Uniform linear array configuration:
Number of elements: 12
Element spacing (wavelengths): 1
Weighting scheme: cosine
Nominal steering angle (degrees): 0
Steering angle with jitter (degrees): -1.73
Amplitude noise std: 0.05
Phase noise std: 0.05

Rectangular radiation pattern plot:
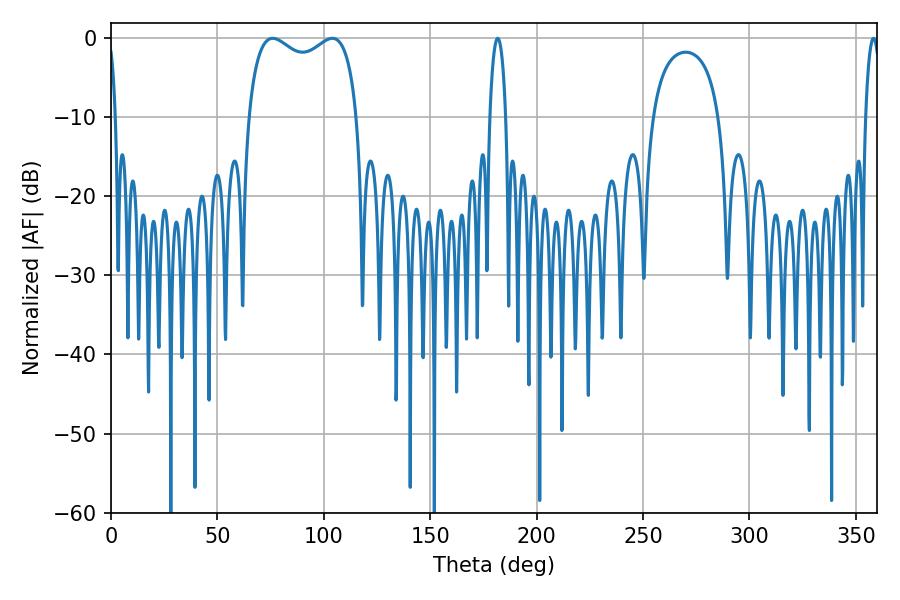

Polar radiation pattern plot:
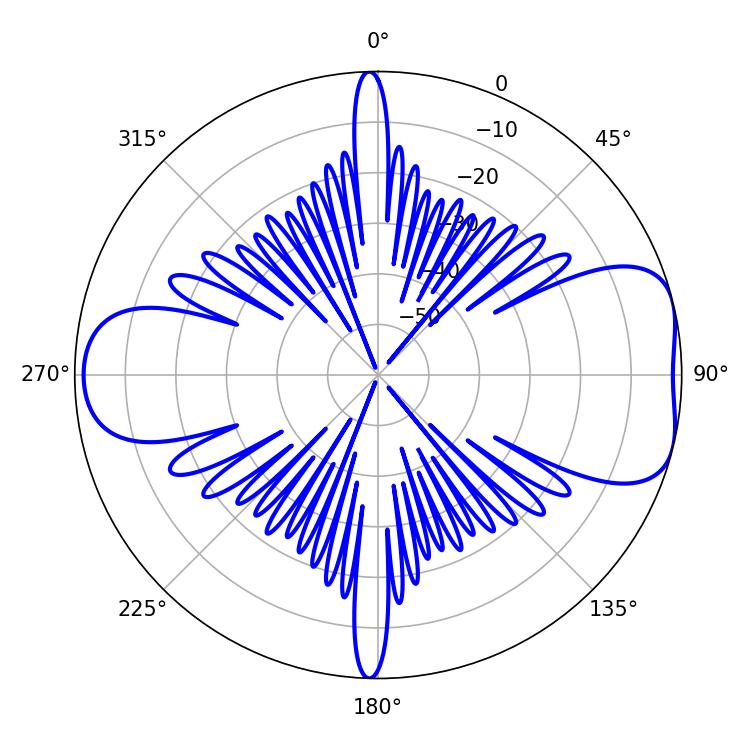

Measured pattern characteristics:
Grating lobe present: TRUE
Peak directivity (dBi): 7.185
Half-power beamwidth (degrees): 42.48
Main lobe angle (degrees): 75.96